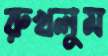
রুখলুম